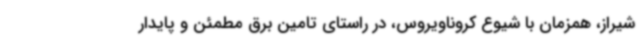
شیراز، همزمان با شیوع کروناویروس، در راستای تامین برق مطمئن و پایدار